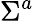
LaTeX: \Sigma^{a}